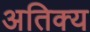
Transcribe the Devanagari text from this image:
अतिक्य